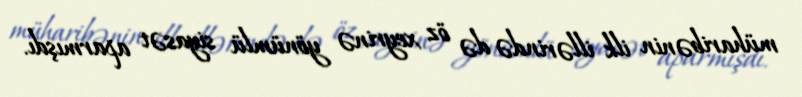
müharibənin ilk illərində də öz xeyrinə yönümlü siyasət aparmışdı.